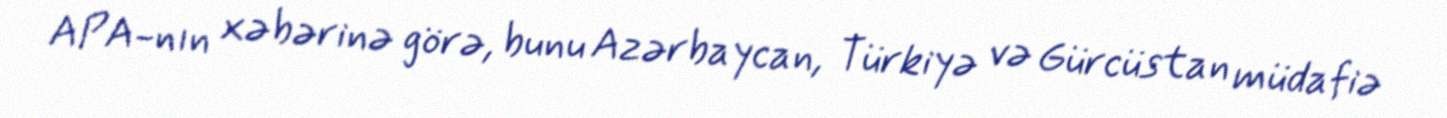
APA-nın xəbərinə görə, bunu Azərbaycan, Türkiyə və Gürcüstan müdafiə